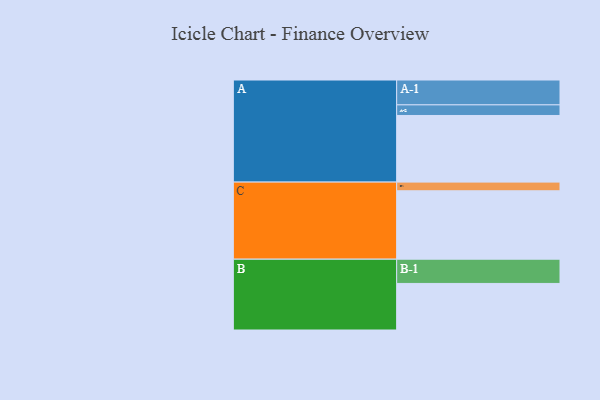
{"axis": {"x": "Segment", "y": "Value"}, "legend": ["", "A", "B", "C"], "data": [{"x": "A", "y": 445, "type": ""}, {"x": "B", "y": 311, "type": ""}, {"x": "C", "y": 457, "type": ""}, {"x": "A-1", "y": 166, "type": "A"}, {"x": "A-2", "y": 71, "type": "A"}, {"x": "B-1", "y": 162, "type": "B"}, {"x": "C-1", "y": 58, "type": "C"}]}